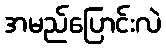
အမည်ပြောင်းလဲ